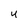
Character: U